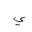
Letter: _ya